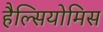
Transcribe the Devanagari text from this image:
हैल्सियोमिस